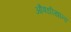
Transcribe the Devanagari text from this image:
औषधीखाना